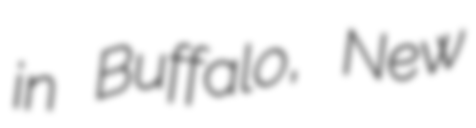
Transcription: in Buffalo, New